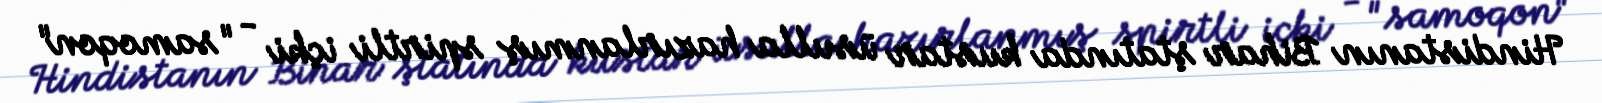
Hindistanın Bihar ştatında kustar üsulla hazırlanmış spirtli içki - "samoqon"